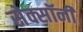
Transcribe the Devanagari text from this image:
सेक्सॉनी